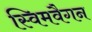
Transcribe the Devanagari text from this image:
स्विमवैगन